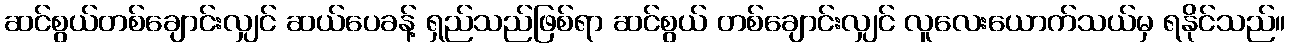
ဆင်စွယ်တစ်ချောင်းလျှင် ဆယ်ပေခန့် ရှည်သည်ဖြစ်ရာ ဆင်စွယ် တစ်ချောင်းလျှင် လူလေးယောက်သယ်မှ ရနိုင်သည်။